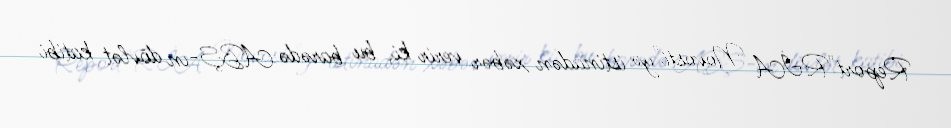
Report"RİA Novosti"yə istinadən xəbər verir ki, bu barədə ABŞ-ın dövlət katibi